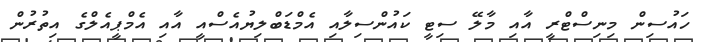
ހައުސިން މިނިސްޓްރީ އާއި މާލޭ ސިޓީ ކައުންސިލާއި އެމްޑަބްލިޔުއެސްއީ އާއި އެމްޕީއެލްގެ އިތުރުން